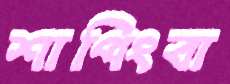
শাপিংবা